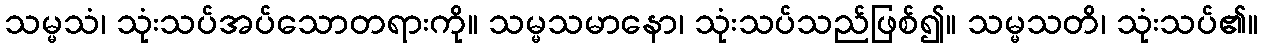
သမ္မသံ၊ သုံးသပ်အပ်သောတရားကို။ သမ္မသမာနော၊ သုံးသပ်သည်ဖြစ်၍။ သမ္မသတိ၊ သုံးသပ်၏။